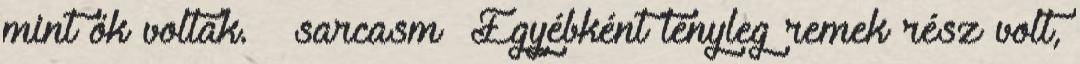
mint ők voltak. sarcasm Egyébként tényleg remek rész volt,